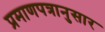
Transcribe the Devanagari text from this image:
प्रमाणपत्रानुसार